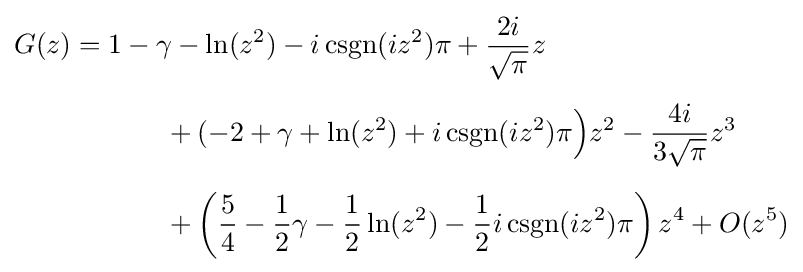
{\begin{aligned}G(z)={}&1-\gamma -\ln(z^{2})-i\operatorname {csgn} (iz^{2})\pi +{\frac {2i}{\sqrt {\pi }}}z\\[5pt]&\qquad {}+(-2+\gamma +\ln(z^{2})+i\operatorname {csgn} (iz^{2})\pi {\Big )}z^{2}-{\frac {4i}{3{\sqrt {\pi }}}}z^{3}\\[5pt]&\qquad {}+\left({\frac {5}{4}}-{\frac {1}{2}}\gamma -{\frac {1}{2}}\ln(z^{2})-{\frac {1}{2}}i\operatorname {csgn} (iz^{2})\pi \right)z^{4}+O(z^{5})\end{aligned}}